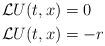
LaTeX: \begin{align*} &\mathcal L U(t,x)=0 & \\ &\mathcal L U(t,x)=-r & \end{align*}